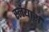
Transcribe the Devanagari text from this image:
स्लेयार्स